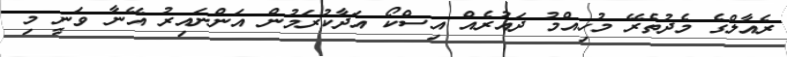
ރެއާލްގެ މެދުތެރޭ މުހިއްމު ދައުރެއް އިސްކޯ އަދާކުރަމުން އަންނައިރު އޭނާ ވަނީ މި